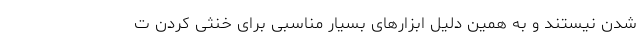
شدن نیستند و به همین دلیل ابزار‌های بسیار مناسبی برای خنثی کردن ت